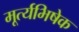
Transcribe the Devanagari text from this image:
मूर्त्यभिषेक